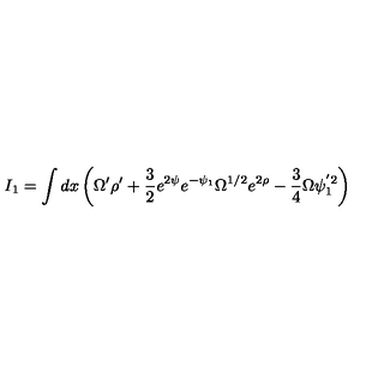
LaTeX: I _ { 1 } = \int d x \left( \Omega ^ { \prime } \rho ^ { \prime } + \frac { 3 } { 2 } e ^ { 2 \psi } e ^ { - \psi _ { 1 } } \Omega ^ { 1 / 2 } e ^ { 2 \rho } - \frac { 3 } { 4 } \Omega \psi _ { 1 } ^ { ' 2 } \right)